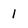
Character: 1